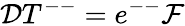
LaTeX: {\cal D}T^{--}=e^{--}{\cal F}